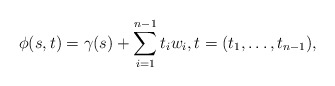
\begin{align*}\phi(s,t)=\gamma(s)+\sum_{i=1}^{n-1} t_iw_i,t=(t_1,\ldots,t_{n-1}),\end{align*}